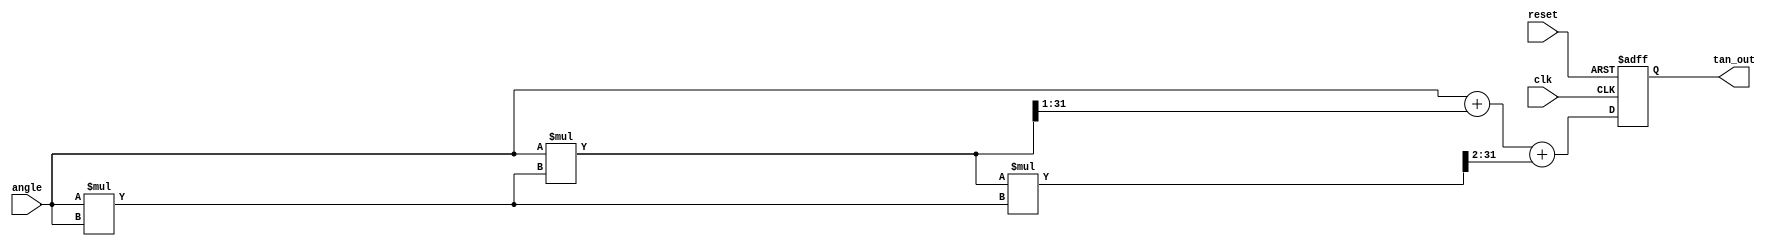
module tan_block (
    input wire clk,
    input wire reset,
    input wire [15:0] angle, // 16-bit input angle (fixed-point)
    output reg [31:0] tan_out // 32-bit output for tan(angle)
);

    // Parameters for fixed-point representation
    localparam FIXED_POINT_FRACTIONAL_BITS = 16;
    
    // Intermediate variables for computations
    reg [31:0] angle_squared; // angle^2
    reg [31:0] angle_cubed;   // angle^3
    reg [31:0] angle_quartic; // angle^4

    always @(posedge clk or posedge reset) begin
        if (reset) begin
            tan_out <= 32'b0;
        end else begin
            // Convert angle to a fixed-point representation
            // Calculate angle^2, angle^3, and angle^4
            angle_squared = angle * angle; // angle^2
            angle_cubed = angle * angle_squared; // angle^3
            angle_quartic = angle_squared * angle_squared; // angle^4

            // Using Taylor series expansion for tan(x):
            // tan(x)  x + x^3/3 + x^5/5 (limited to small angles)
            // For fixed point, we scale appropriately
            
            // tan_out = angle + (angle_cubed / 3) + (angle_cubed * angle_squared / 5)
            tan_out = angle + (angle_cubed >>> 1) + (angle_cubed * angle_squared >>> 2); // Dividing by 3 and 5 (approx)
        end
    end

endmodule